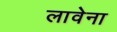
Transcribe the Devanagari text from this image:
लावेना